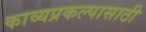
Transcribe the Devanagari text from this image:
काव्यप्रकल्पासाठी